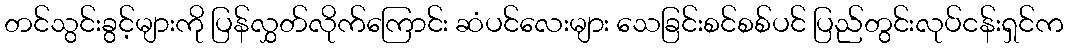
တင်သွင်းခွင့်များကို ပြန်လွှတ်လိုက်ကြောင်း ဆံပင်လေးများ သေခြင်းစင်စစ်ပင် ပြည်တွင်းလုပ်ငန်းရှင်က